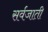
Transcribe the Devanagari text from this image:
सर्वजाती